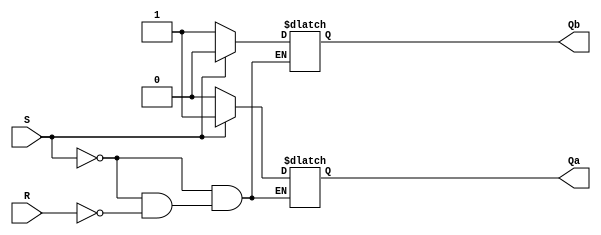
module latchSR
(
    S,
    R,
    Qa,
    Qb
);

    input S;
    input R;
    output reg Qa;
    output reg Qb;

    always @ * begin
        if (S == 1) begin
            Qa = 1;
            Qb = 0;
        end
        else if (R == 1) begin
            Qa = 0;
            Qb = 1;
        end
        else begin
            Qa = Qa;
            Qb = Qb;
        end
    end

endmodule